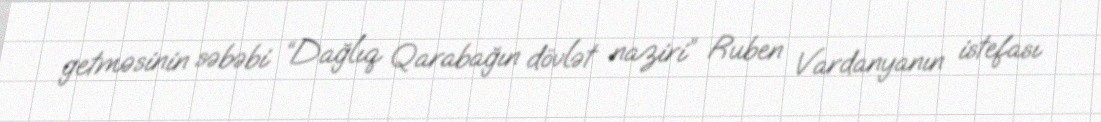
getməsinin səbəbi “Dağlıq Qarabağın dövlət naziri” Ruben Vardanyanın istefası